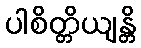
ပါစိတ္တိယျန္တိ